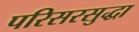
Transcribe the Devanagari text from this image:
परिसरसुद्धा